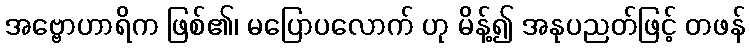
အဗ္ဗောဟာရိက ဖြစ်၏၊ မပြောပလောက် ဟု မိန့်၍ အနုပညတ်ဖြင့် တဖန်